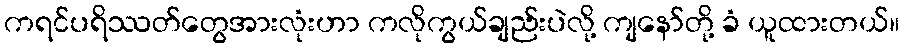
ကရင်ပရိဿတ်တွေအားလုံးဟာ ကလိုကွယ်ချည်းပဲလို့ ကျနော်တို့ ခံ ယူထားတယ်။